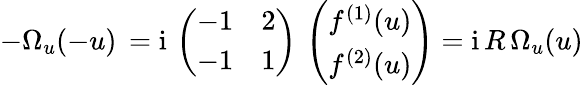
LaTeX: -\Omega_{u}(-u)\, =\mathrm{i}\, \left(\begin{array}{ll}{{-1}}&{{2}}\\ {{-1}}&{{1}}\end{array}\right)\, \left(\begin{array}{l}{{f^{(1)}(u)}}\\ {{f^{(2)}(u)}}\end{array}\right)=\mathrm{i}\, R\, \Omega_{u}(u)